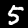
Digit: 5